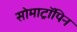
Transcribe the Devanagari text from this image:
सोमाट्रॉपिन